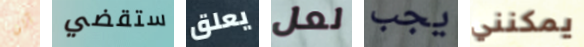
آلن ستقضي يعلق لعل يجب يمكنني